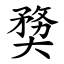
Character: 奦